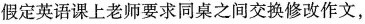
假定英语课上老师要求同桌之间交换修改作文，